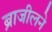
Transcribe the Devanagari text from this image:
ब्राजीलने